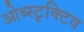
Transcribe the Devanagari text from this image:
ओब्स्टृक्टिव